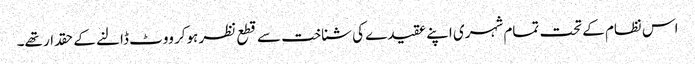
اس نظام کے تحت تمام شہری اپنے عقیدے کی شناخت سے قطع نظر ہوکر ووٹ ڈالنے کے حقدار تھے۔